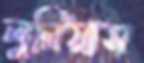
লুনিয়াস